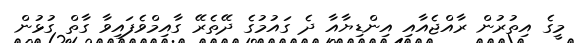
މީގެ އިތުރުން ރާއްޖެއާއި އިންޑިޔާއާ ދެ ގައުމުގެ ދޭތެރޭ ގާއިމްވެފައިވާ ގާތް ގުޅުން